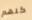
كلهم